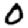
Digit: 0